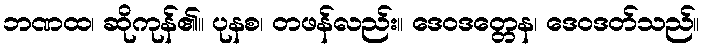
ဘဏထ၊ ဆိုကုန်၏။ ပုနစ၊ တဖန်လည်း။ ဒေဝဒတ္တေန၊ ဒေဝဒတ်သည်။